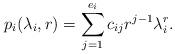
LaTeX: \begin{align*}p_i(\lambda_i, r)=\sum_{j=1}^{e_i}c_{ij}r^{j-1}\lambda_i^r.\end{align*}